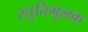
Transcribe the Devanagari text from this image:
स्तुतिमूलक